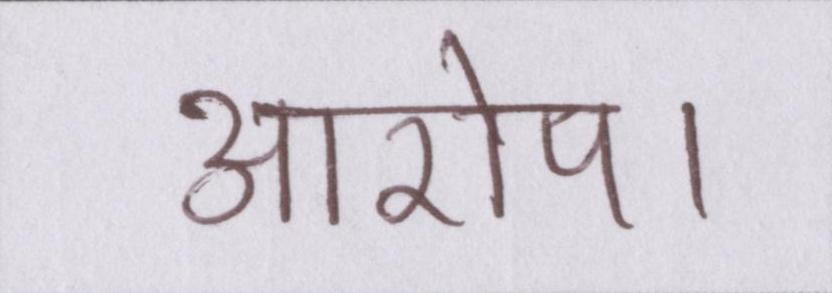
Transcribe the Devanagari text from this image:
आरोप।